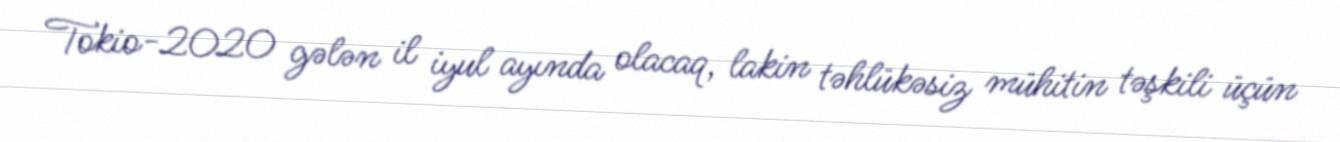
Tokio-2020 gələn il iyul ayında olacaq, lakin təhlükəsiz mühitin təşkili üçün